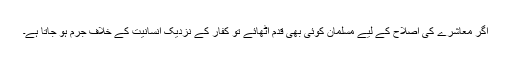
اگر معاشرے کی اصلاح کے لیے مسلمان کوئی بھی قدم اٹھائے تو کفار کے نزدیک انسانیت کے خلاف جرم ہو جاتا ہے۔